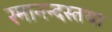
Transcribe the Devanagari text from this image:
रमानन्दस्तथा